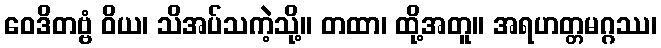
ဝေဒိတဗ္ဗံ ဝိယ၊ သိအပ်သကဲ့သို့။ တထာ၊ ထို့အတူ။ အရဟတ္တမဂ္ဂဿ၊